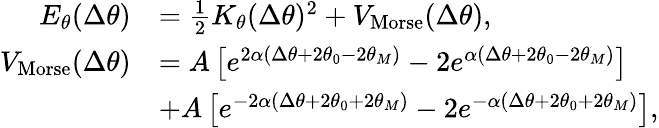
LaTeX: \begin{array}{rl}{E_{\theta}(\Delta\theta)}&{=\frac{1}{2}K_{\theta}(\Delta\theta)^{2}+V_{\mathrm{Morse}}(\Delta\theta),}\\ {V_{\mathrm{Morse}}(\Delta\theta)}&{=A\left[e^{2\alpha(\Delta\theta+2\theta_{0}-2\theta_{M})}-2e^{\alpha(\Delta\theta+2\theta_{0}-2\theta_{M})}\right]}\\ &{+A\left[e^{-2\alpha(\Delta\theta+2\theta_{0}+2\theta_{M})}-2e^{-\alpha(\Delta\theta+2\theta_{0}+2\theta_{M})}\right],}\end{array}